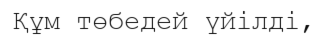
Құм төбедей үйілді,